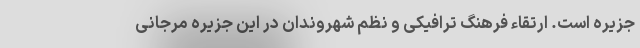
جزیره است. ارتقاء فرهنگ ترافیکی و نظم شهروندان در این جزیره مرجانی